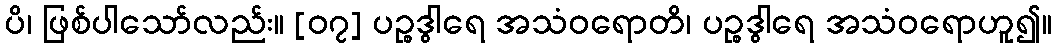
ပိ၊ ဖြစ်ပါသော်လည်း။ [၀၇] ပဉ္စဒွါရေ အသံဝရောတိ၊ ပဉ္စဒွါရေ အသံဝရောဟူ၍။